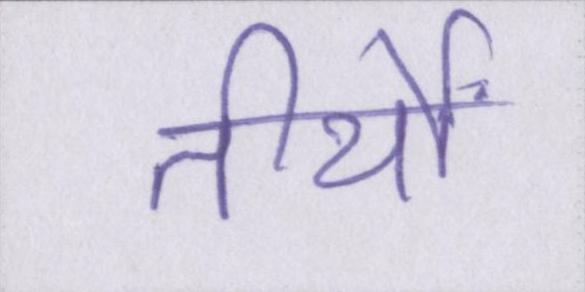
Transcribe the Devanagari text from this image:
तीर्थों